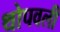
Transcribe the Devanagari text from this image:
थोपवली